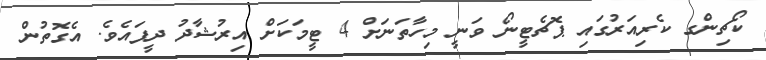
ކޯޗިިންގ ކެރިއަރުގައި ޕޮޗެޓީނޯ ވަނީ މިހާތަނަށް 4 ޓީމަކަށް އިރުޝާދު ދީފައެވެ. އެގޮތުން